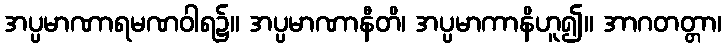
အပ္ပမာဏာရမဏဝါရ၌။ အပ္ပမာဏာနီတိ၊ အပ္ပမာကာနိဟူ၍။ အာဂတတ္တာ၊